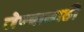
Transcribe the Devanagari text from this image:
लेण्यासाठी